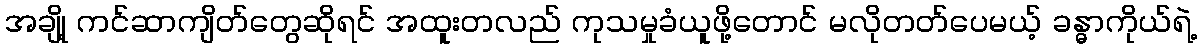
အချို့ ကင်ဆာကျိတ်တွေဆိုရင် အထူးတလည် ကုသမှုခံယူဖို့တောင် မလိုတတ်ပေမယ့် ခန္ဓာကိုယ်ရဲ့